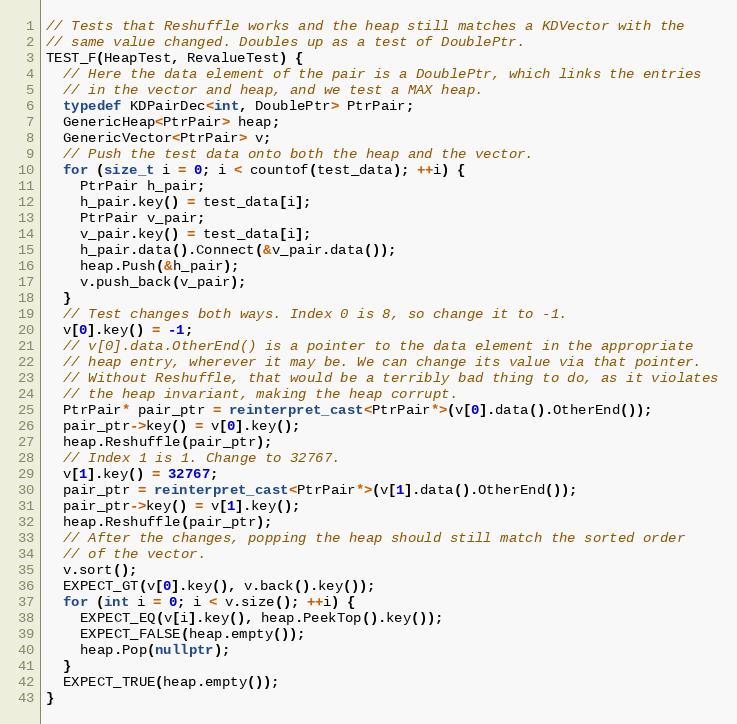
Language: C++
// Tests that Reshuffle works and the heap still matches a KDVector with the
// same value changed. Doubles up as a test of DoublePtr.
TEST_F(HeapTest, RevalueTest) {
  // Here the data element of the pair is a DoublePtr, which links the entries
  // in the vector and heap, and we test a MAX heap.
  typedef KDPairDec<int, DoublePtr> PtrPair;
  GenericHeap<PtrPair> heap;
  GenericVector<PtrPair> v;
  // Push the test data onto both the heap and the vector.
  for (size_t i = 0; i < countof(test_data); ++i) {
    PtrPair h_pair;
    h_pair.key() = test_data[i];
    PtrPair v_pair;
    v_pair.key() = test_data[i];
    h_pair.data().Connect(&v_pair.data());
    heap.Push(&h_pair);
    v.push_back(v_pair);
  }
  // Test changes both ways. Index 0 is 8, so change it to -1.
  v[0].key() = -1;
  // v[0].data.OtherEnd() is a pointer to the data element in the appropriate
  // heap entry, wherever it may be. We can change its value via that pointer.
  // Without Reshuffle, that would be a terribly bad thing to do, as it violates
  // the heap invariant, making the heap corrupt.
  PtrPair* pair_ptr = reinterpret_cast<PtrPair*>(v[0].data().OtherEnd());
  pair_ptr->key() = v[0].key();
  heap.Reshuffle(pair_ptr);
  // Index 1 is 1. Change to 32767.
  v[1].key() = 32767;
  pair_ptr = reinterpret_cast<PtrPair*>(v[1].data().OtherEnd());
  pair_ptr->key() = v[1].key();
  heap.Reshuffle(pair_ptr);
  // After the changes, popping the heap should still match the sorted order
  // of the vector.
  v.sort();
  EXPECT_GT(v[0].key(), v.back().key());
  for (int i = 0; i < v.size(); ++i) {
    EXPECT_EQ(v[i].key(), heap.PeekTop().key());
    EXPECT_FALSE(heap.empty());
    heap.Pop(nullptr);
  }
  EXPECT_TRUE(heap.empty());
}